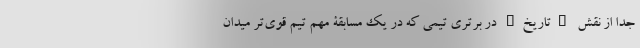
جدا از نقش "تاریخ" در برتری تیمی که در یک مسابقۀ مهم تیم قوی‌تر میدان